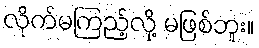
လိုက်မကြည့်လို့ မဖြစ်ဘူး။